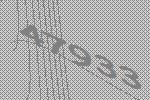
47933